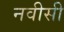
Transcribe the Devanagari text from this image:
नवीसी